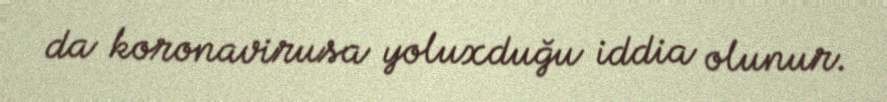
da koronavirusa yoluxduğu iddia olunur.